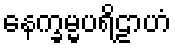
နေက္ခမ္မပရိဠာဟံ